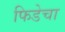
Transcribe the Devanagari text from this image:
फिडेचा